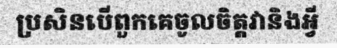
ប្រសិនបើពួកគេចូលចិត្តវានិងអ្វី